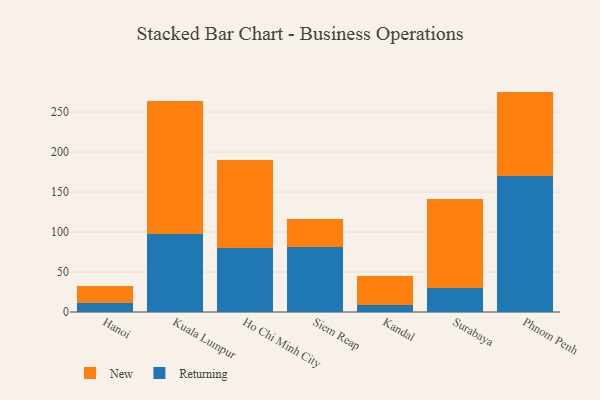
{"axis": {"x": "City", "y": "Net Income (USD K)"}, "legend": ["New", "Returning"], "data": [{"x": "Hanoi", "y": 11.3, "type": "Returning"}, {"x": "Hanoi", "y": 21.2, "type": "New"}, {"x": "Kuala Lumpur", "y": 97.3, "type": "Returning"}, {"x": "Kuala Lumpur", "y": 166.8, "type": "New"}, {"x": "Ho Chi Minh City", "y": 79.6, "type": "Returning"}, {"x": "Ho Chi Minh City", "y": 110.1, "type": "New"}, {"x": "Siem Reap", "y": 80.8, "type": "Returning"}, {"x": "Siem Reap", "y": 35.2, "type": "New"}, {"x": "Kandal", "y": 9.0, "type": "Returning"}, {"x": "Kandal", "y": 35.9, "type": "New"}, {"x": "Surabaya", "y": 30.0, "type": "Returning"}, {"x": "Surabaya", "y": 110.8, "type": "New"}, {"x": "Phnom Penh", "y": 169.7, "type": "Returning"}, {"x": "Phnom Penh", "y": 106.0, "type": "New"}]}